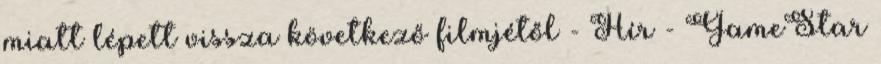
miatt lépett vissza következő filmjétől - Hír - GameStar